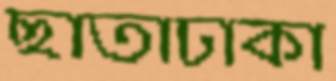
ছাতাঢাকা